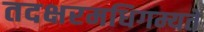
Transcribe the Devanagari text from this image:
तदक्षरमधिगम्यते